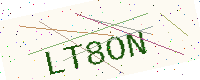
Text: LT8ON